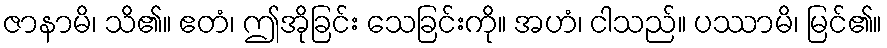
ဇာနာမိ၊ သိ၏။ ဧတံ၊ ဤအိုခြင်း သေခြင်းကို။ အဟံ၊ ငါသည်။ ပဿာမိ၊ မြင်၏။